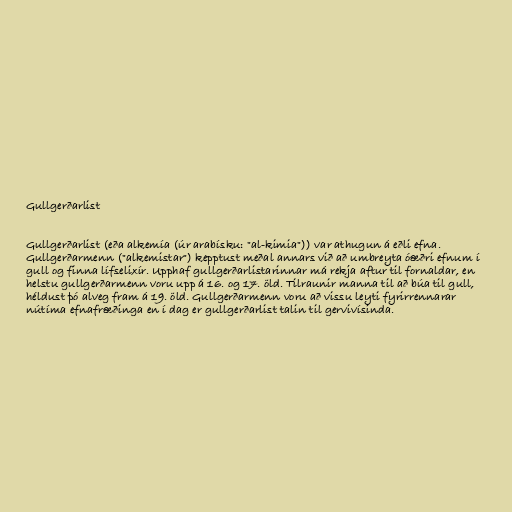
Gullgerðarlist

Gullgerðarlist (eða alkemía (úr arabísku: "al-kimia")) var athugun á eðli efna.
Gullgerðarmenn ("alkemistar") kepptust meðal annars við að umbreyta óæðri efnum í
gull og finna lífselixír. Upphaf gullgerðarlistarinnar má rekja aftur til fornaldar, en
helstu gullgerðarmenn voru upp á 16. og 17. öld. Tilraunir manna til að búa til gull,
héldust þó alveg fram á 19. öld. Gullgerðarmenn voru að vissu leyti fyrirrennarar
nútíma efnafræðinga en í dag er gullgerðarlist talin til gervivísinda.